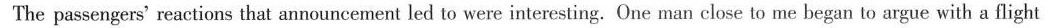
The passengers' reactions that announcement led to were interesting.One man close to me began to argue with a flight